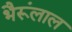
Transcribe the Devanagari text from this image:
भैरूंलाल